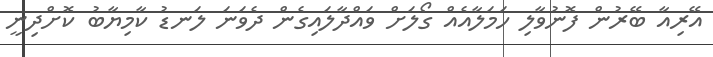
އޭރިއާ ބޭރުން ފޮނުވާލި ހަމަލާއެއް ގޯލަށް ވައްދާލައިގެން ދެވަނަ ލަނޑު ކާމިޔާބު ކޮށްދިނީ